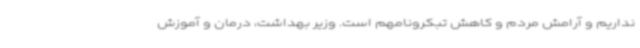
نداریم و آرامش مردم و کاهش تبکرونامهم است. وزیر بهداشت، درمان و آموزش